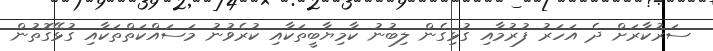
ސަރުކާރަށް ދެ އަހަރު ފުރުމާއި ގުޅިގެން ލިބުނު ކާމިޔާބީތަކާއި ކުރެވުނު މަސައްކަތްތަކާއި ގުޅޭގޮތުން